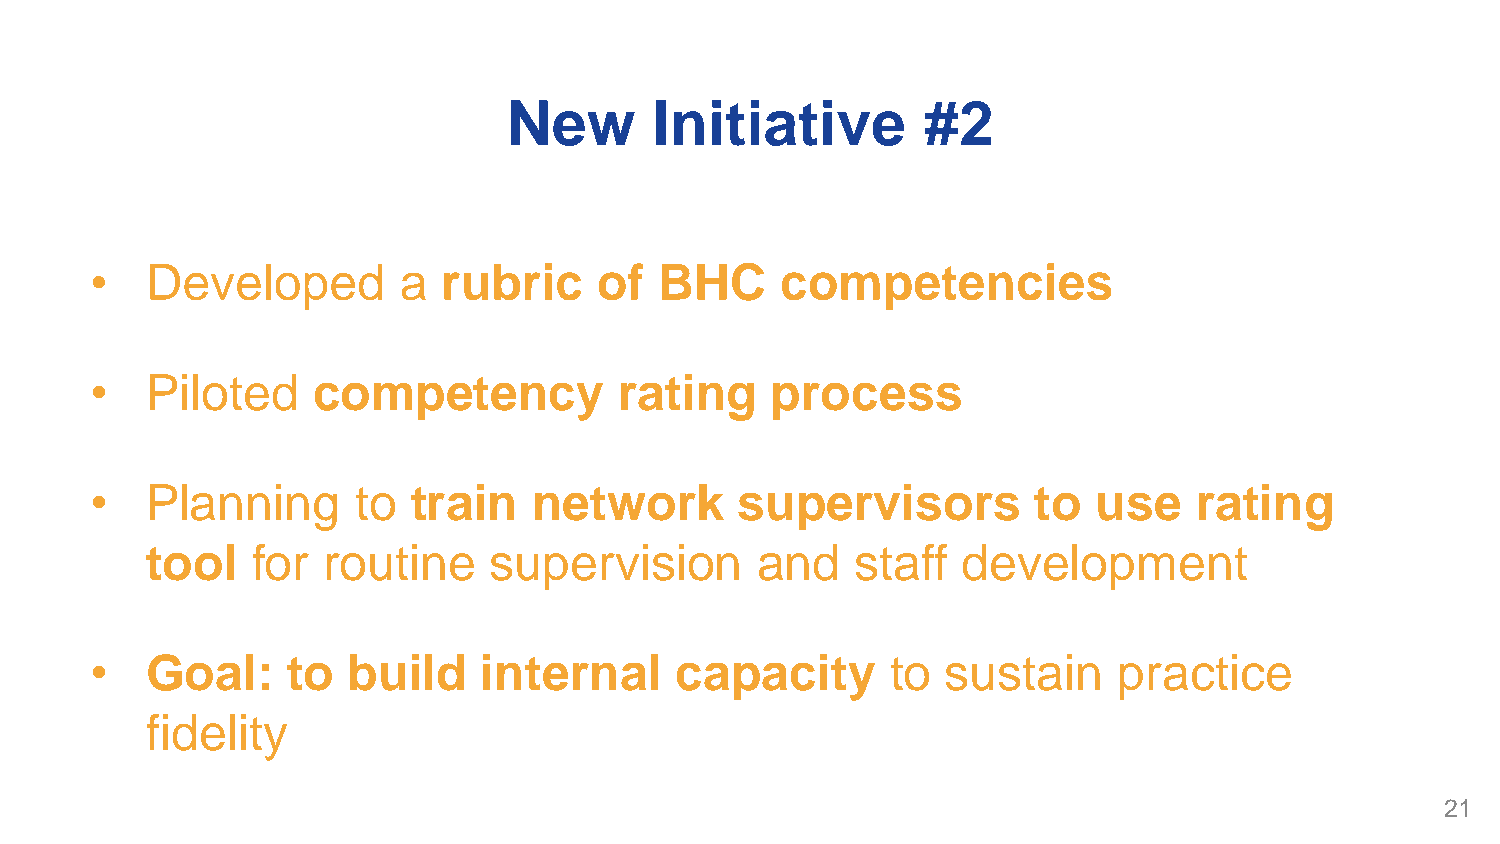
New      Initiative        #2
 •   Developed       a  rubric     of  BHC     competencies
 •   Piloted    competency          rating    process
 •   Planning      to train   network       supervisors         to  use   rating
 tool   for routine    supervision       and    staff  development
 •   Goal:    to  build    internal     capacity      to  sustain    practice
 fidelity
 21